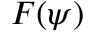
F ( \psi )